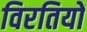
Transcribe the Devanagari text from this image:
विरतियों